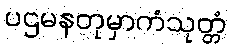
ပဌမနတုမှာကံသုတ္တံ